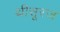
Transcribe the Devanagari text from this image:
थीसूरज